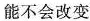
能不会改变